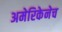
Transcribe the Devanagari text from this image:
अमेरिकेनेच